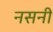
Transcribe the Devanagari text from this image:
नसनी